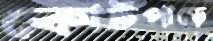
কোর্টপাড়ে